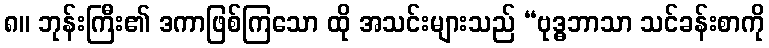
၈။ ဘုန်းကြီး၏ ဒကာဖြစ်ကြသော ထို အသင်းများသည် “ဗုဒ္ဓဘာသာ သင်ခန်းစာကို